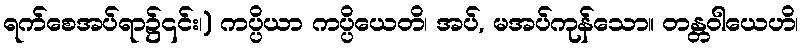
ရက်စေအပ်ရာ၌၎င်း၊) ကပ္ပိယာ ကပ္ပိယေတိ၊ အပ်, မအပ်ကုန်သော။ တန္တဝါယေဟိ၊